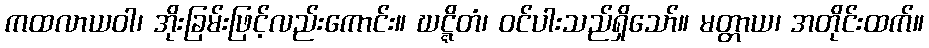
ကထလာယဝါ၊ အိုးခြမ်းဖြင့်လည်းကောင်း။ ဃဋ္ဋိတံ၊ ဝင်ပါးသည်ရှိသော်။ မတ္တာယ၊ အတိုင်းထက်။